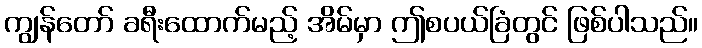
ကျွန်တော် ခရီးထောက်မည့် အိမ်မှာ ဤစပယ်ခြံတွင် ဖြစ်ပါသည်။